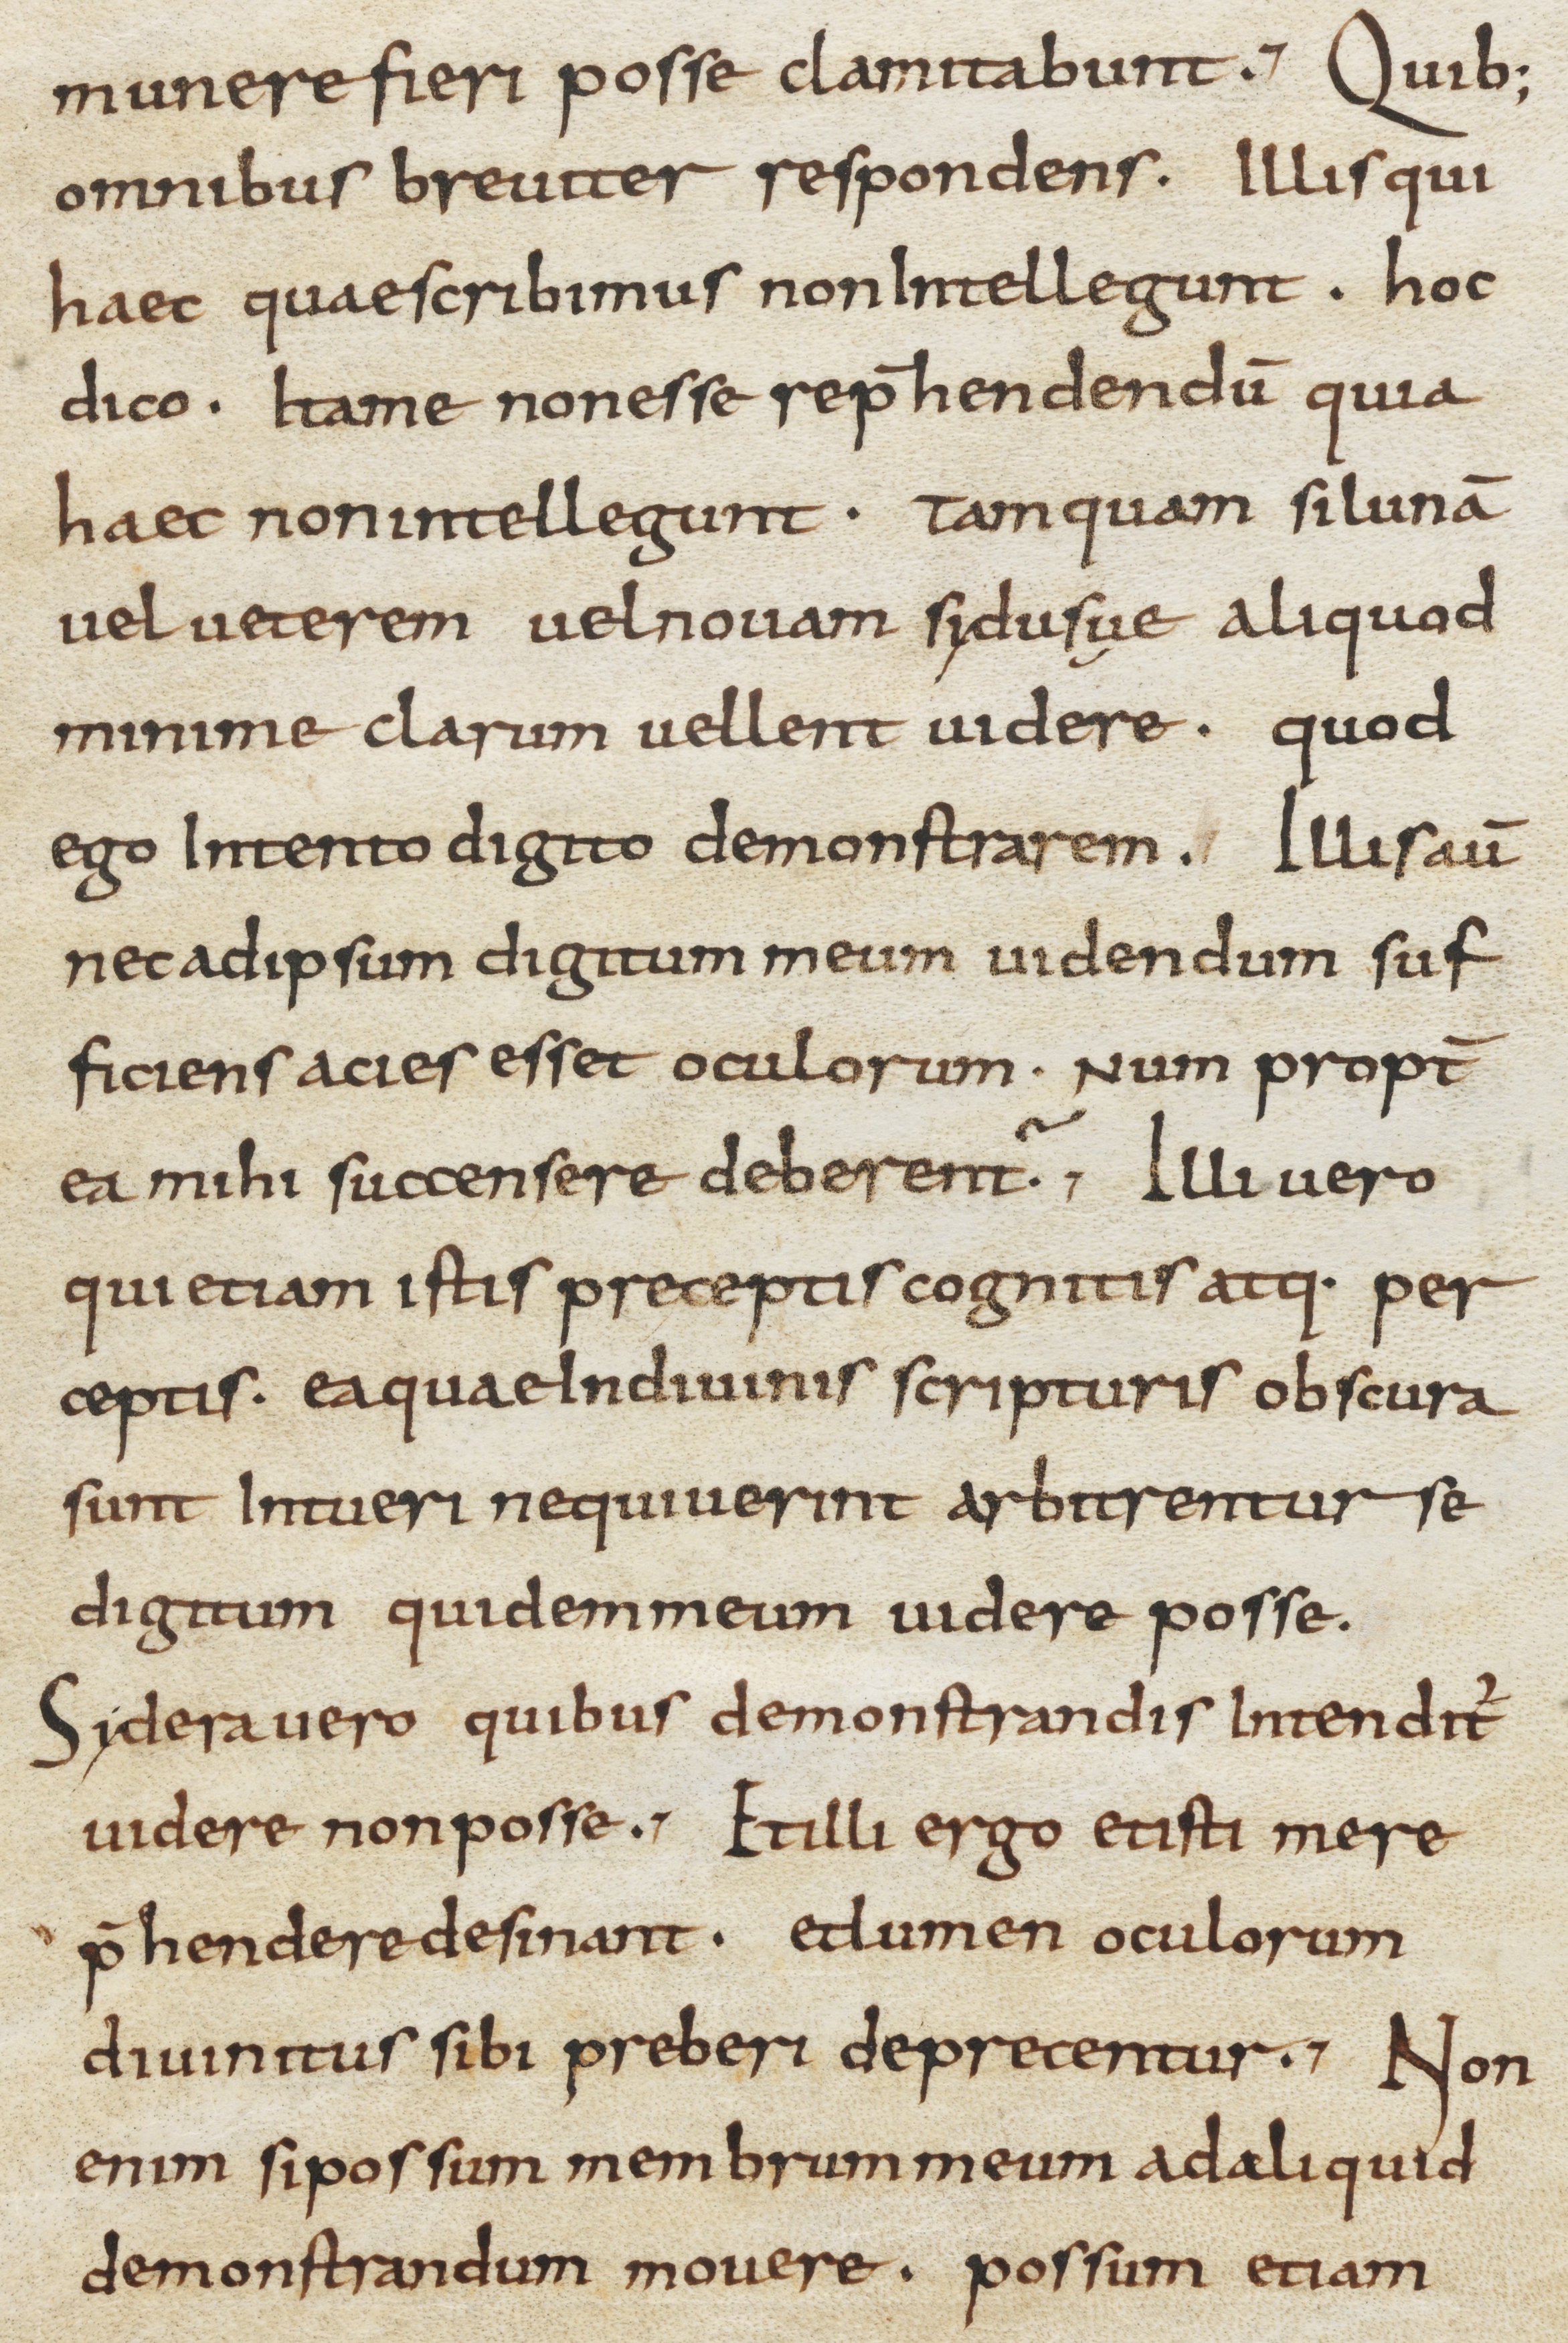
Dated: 800–899